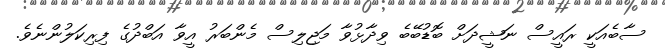
ސާބެއަކީ ރައީސް ނަޝީދަށް ބޮޑުބޭބެ ވިދާޅުވާ މަޖިލިސް މެންބަރު އީވާ އަބްދުގެ ފިރިކަލުންނެވެ.